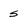
Character: S